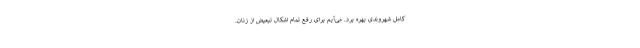
کامل شهروندی بهره برد. می‌آیم برای رفع تمام اشکال تبعیض از زنان.